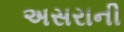
અસરાની